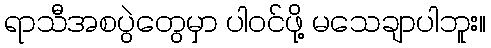
ရာသီအစပွဲတွေမှာ ပါဝင်ဖို့ မသေချာပါဘူး။